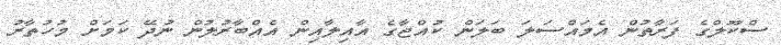
ސްކޫލްގެ ފަރާތުން އެމައްސަލަ ބަލަން ކުއްޖާގެ އާއިލާއިން އެއްބާރުލުން ނުދޭ ކަމަށް މުހުތާރު